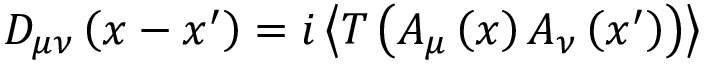
D _ { \mu \nu } \left( x - x ^ { \prime } \right) = i \left\langle T \left( A _ { \mu } \left( x \right) A _ { \nu } \left( x ^ { \prime } \right) \right) \right\rangle